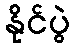
နိုင်ပွဲ